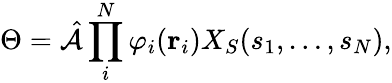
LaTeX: \Theta=\hat{\mathcal{A}}\prod_{i}^{N}\varphi_{i}(\mathbf{r}_{i})X_{S}(s_{1},\ldots,s_{N}),